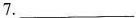
7.___